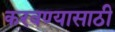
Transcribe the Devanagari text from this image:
करवण्यासाठी